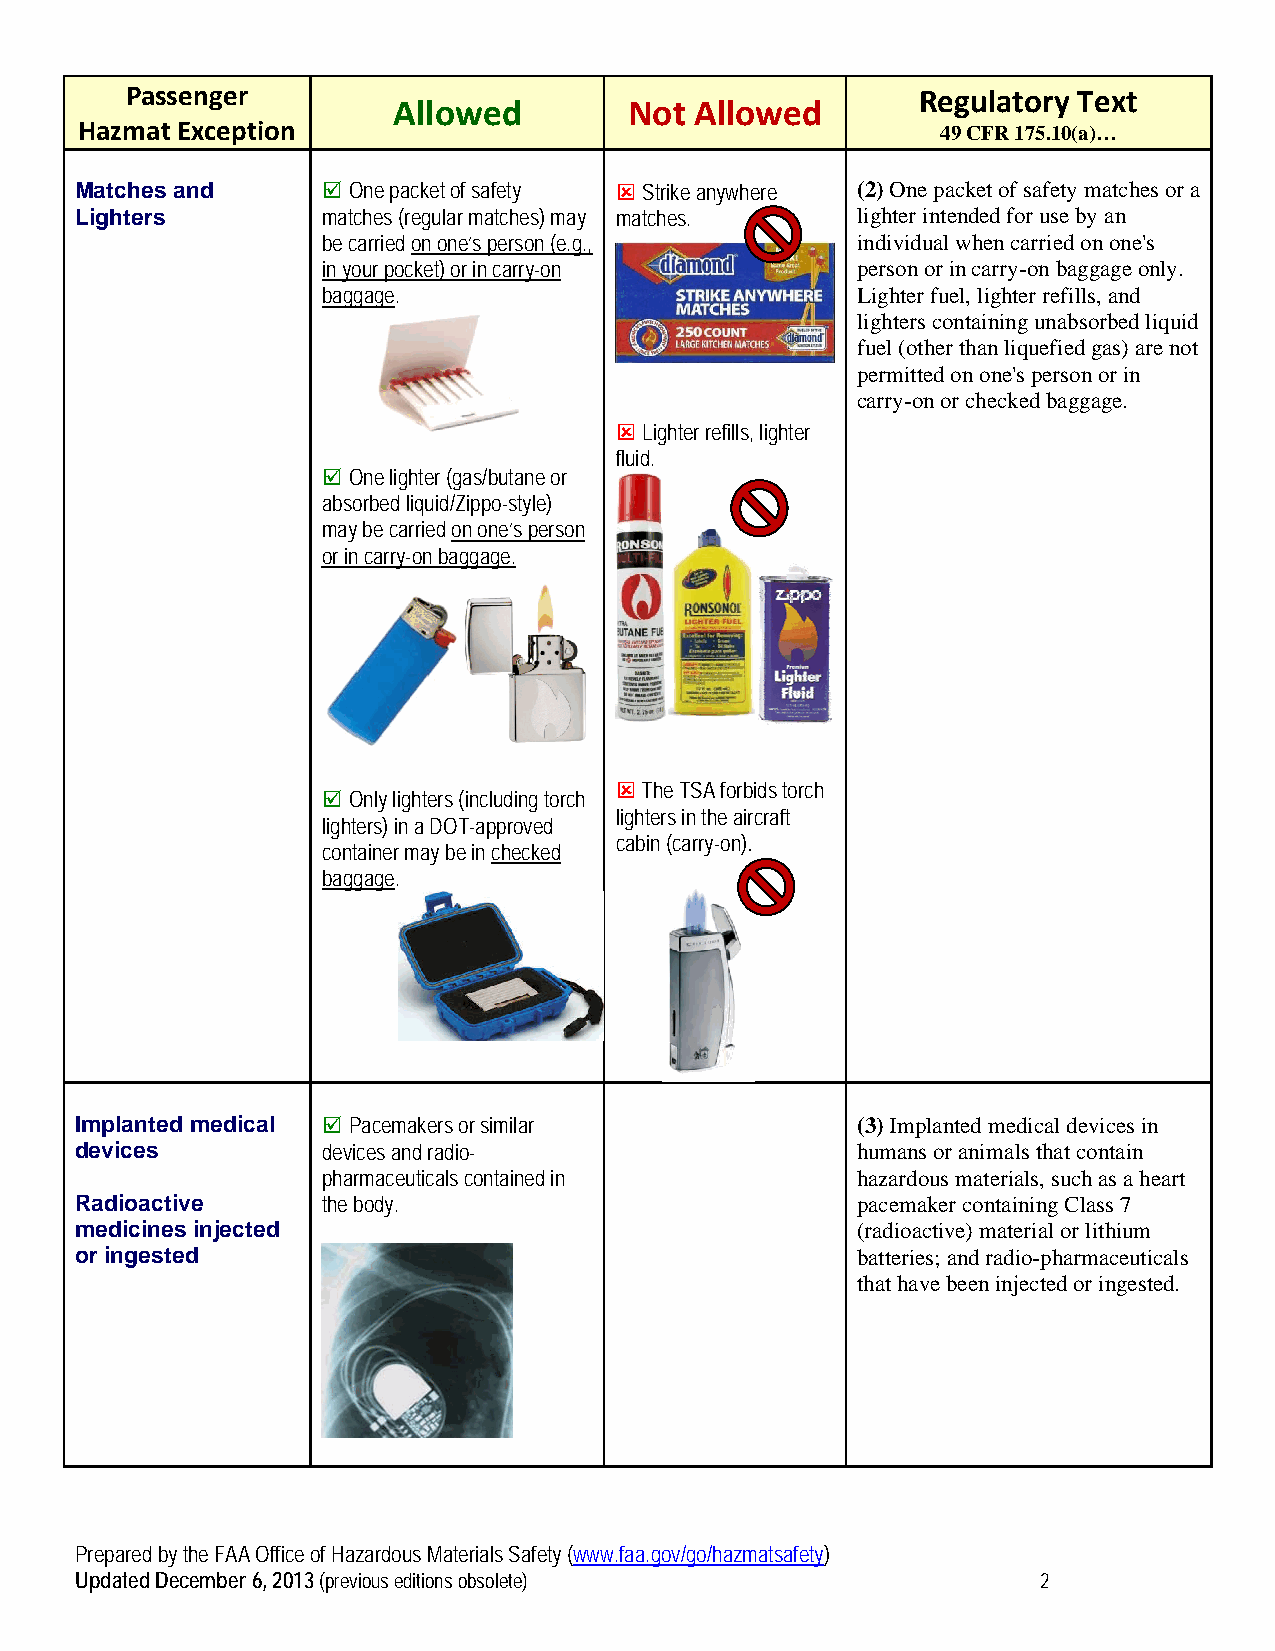
Passenger                                            Regulatory Text
 Allowed         Not Allowed
 Hazmat Exception                                         49 CFR 175.10(a)…
 Matches and      One packet of safety  Strike anywhere (2) One packet of safety matches or a
 Lighters        matches (regular matches) may matches. lighter intended for use by an
 be carried on one’s person (e.g.,   individual when carried on one's
 in your pocket) or in carry-on      person or in carry-on baggage only.
 baggage.                            Lighter fuel, lighter refills, and
 lighters containing unabsorbed liquid
 fuel (other than liquefied gas) are not
 permitted on one's person or in
 carry-on or checked baggage.
  Lighter refills, lighter
 fluid.
  One lighter (gas/butane or
 absorbed liquid/Zippo-style)
 may be carried on one’s person
 or in carry-on baggage.
  The TSA forbids torch
  Only lighters (including torch
 lighters in the aircraft
 lighters) in a DOT-approved
 cabin (carry-on).
 container may be in checked
 baggage.
 Implanted medical  Pacemakers or similar           (3) Implanted medical devices in
 devices         devices and radio-                  humans or animals that contain
 pharmaceuticals contained in        hazardous materials, such as a heart
 Radioactive     the body.                           pacemaker containing Class 7
 medicines injected                                  (radioactive) material or lithium
 or ingested                                         batteries; and radio-pharmaceuticals
 that have been injected or ingested.
 Prepared by the FAA Office of Hazardous Materials Safety (www.faa.gov/go/hazmatsafety)
 Updated December 6, 2013 (previous editions obsolete)           2